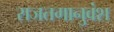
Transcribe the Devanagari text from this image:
राजतगानुवंश